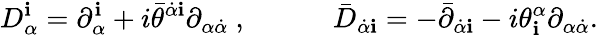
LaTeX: D_{\alpha}^{\mathbf i}=\partial_{\alpha}^{\mathbf i}+i{\bar{\theta}}^{\dot{\alpha}{\mathbf i}}\partial_{\alpha\dot{\alpha}}\ ,\qquad\quad{\bar{D}}_{\dot{\alpha}{\mathbf i}}=-{\bar{\partial}}_{\dot{\alpha}{\mathbf i}}-i{\theta}_{\mathbf i}^{\alpha}\partial_{\alpha\dot{\alpha}}.